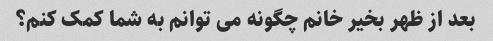
بعد از ظهر بخیر خانم چگونه می توانم به شما کمک کنم؟